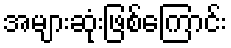
အများဆုံးဖြစ်ကြောင်း